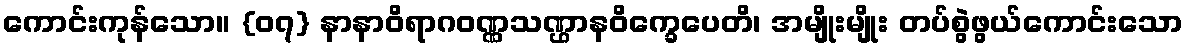
ကောင်းကုန်သော။ {၀၇} နာနာဝိရာဂဝဏ္ဏသဏ္ဌာနဝိက္ခေပေတိ၊ အမျိုးမျိုး တပ်စွဲဖွယ်ကောင်းသော